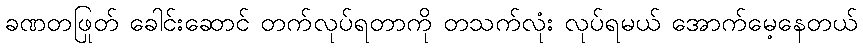
ခဏတဖြုတ် ခေါင်းဆောင် တက်လုပ်ရတာကို တသက်လုံး လုပ်ရမယ် အောက်မေ့နေတယ်